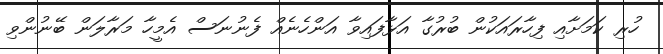
ހުރި ކަމަށާއި ފިހާރައަކުން ބުރުގާ އަޅާފައިވާ އަންހެނެއް ފެނުނަސް އެމީހާ މަރާލަން ބޭނުންވި